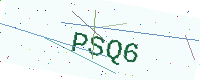
Text: PSQ6